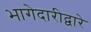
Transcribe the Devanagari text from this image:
भागेदारीद्वारे